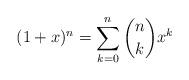
LaTeX: \begin{align*} (1+x)^n = \sum_{k=0}^n \binom{n}{k}x^k\end{align*}